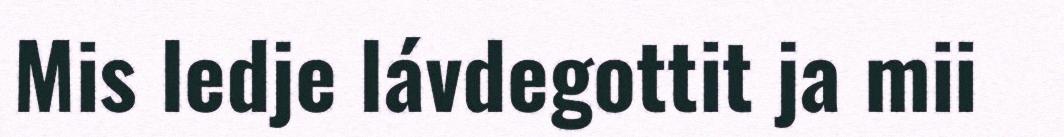
Mis ledje lávdegottit ja mii